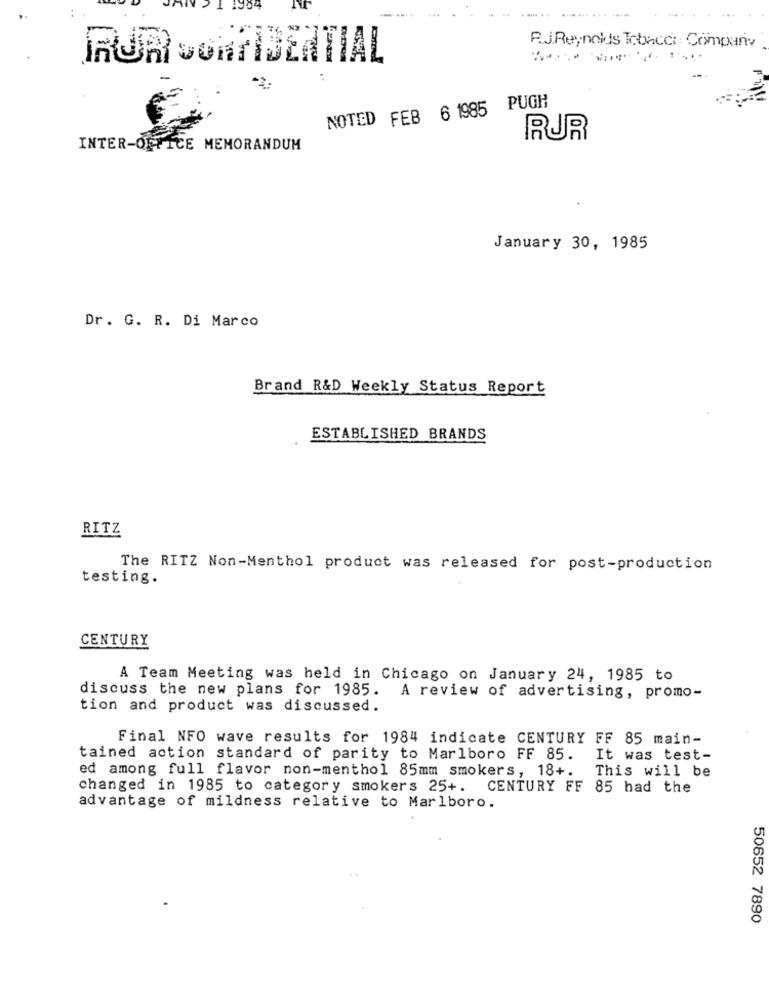
R.J.Reynolds Tobacco : Company
RUR SORTIDENTIAL
NOTED FEB 6 1985 PUGH
RUR
INTER-OFFICE MEMORANDUM
January 30, 1985
Dr. G. R. Di Marco
Brand R&D Weekly Status Report
ESTABLISHED BRANDS
RITZ
The RITZ Non-Menthol product was released for post-production
testing.
CENTURY
A Team Meeting was held in Chicago on January 24, 1985 to
discuss the new plans for 1985. A review of advertising, promo-
tion and product was discussed.
Final NFO wave results for 1984 indicate CENTURY FF 85 main-
tained action standard of parity to Marlboro FF 85.
It was test-
ed among full flavor non-menthol 85mm smokers, 18+.
This will be
changed in 1985 to category smokers 25+. CENTURY FF 85 had the
advantage of mildness relative to Marlboro.
50652 7890